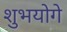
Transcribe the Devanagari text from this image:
शुभयोगे